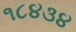
૧૮૪૩૪